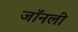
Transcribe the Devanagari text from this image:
जॉनली